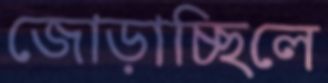
জোড়াচ্ছিলে